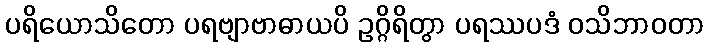
ပရိယောသိတော ပရဗျာဗာဓာယပိ ဥဂ္ဂိရိတွာ ပရဿပဒံ ဝသိဘာဝတာ